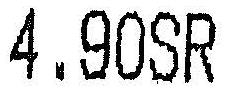
4.90SR